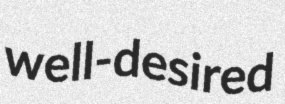
well-desired